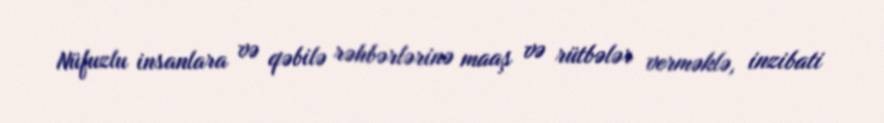
Nüfuzlu insanlara və qəbilə rəhbərlərinə maaş və rütbələr verməklə, inzibati